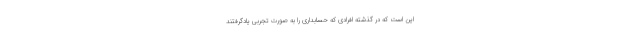
این است که در گذشته افرادی که حسابداری را به صورت تجربی یادگرفتند